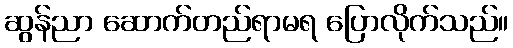
ဆွန်ညာ ဆောက်တည်ရာမရ ပြောလိုက်သည်။